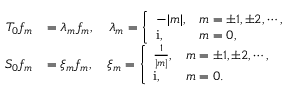
\begin{array} { r l } { T _ { 0 } f _ { m } } & { = \lambda _ { m } f _ { m } , \quad \lambda _ { m } = \left\{ \begin{array} { l l } { - | m | , } & { m = \pm 1 , \pm 2 , \cdots , } \\ { \mathrm { i } , } & { m = 0 , } \end{array} \right. } \\ { S _ { 0 } f _ { m } } & { = \xi _ { m } f _ { m } , \quad \xi _ { m } = \left\{ \begin{array} { l l } { \frac { 1 } { | m | } , } & { m = \pm 1 , \pm 2 , \cdots , } \\ { \mathrm { i } , } & { m = 0 . } \end{array} \right. } \end{array}